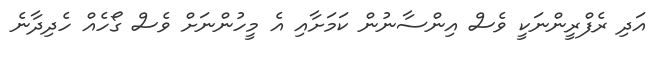
އަދި ރެފްރީންނަކީ ވެސް އިންސާނުން ކަމަށާއި އެ މީހުންނަށް ވެސް ގޯހެއް ހެދިދާނެ